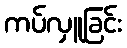
ကပ်လှူခြင်း